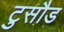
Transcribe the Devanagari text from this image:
टुसौड